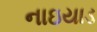
નાઇયાડ